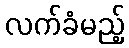
လက်ခံမည့်